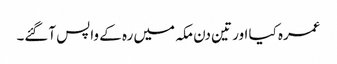
عمرہ کیا اور تین دن مکہ میں رہ کے واپس آگئے۔